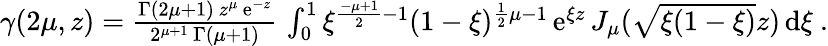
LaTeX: \begin{array}{r}{\gamma(2\mu,z)=\frac{\Gamma(2\mu+1)\, z^{\mu}\, \mathrm{e}^{-z}}{2^{\mu+1}\, \Gamma(\mu+1)}\, \int_{0}^{1}\xi^{\frac{-\mu+1}{2}-1}(1-\xi)^{\frac{1}{2}\mu-1}\, \mathrm{e}^{\xi z}\, J_{\mu}(\sqrt{\xi(1-\xi)}z)\, \mathrm{d}\xi\ .}\end{array}